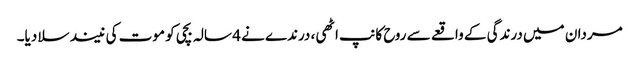
مردان میں درندگی کے واقعے سے روح کانپ اٹھی، درندے نے 4 سالہ بچی کو موت کی نیند سلا دیا۔